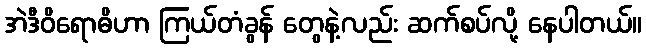
အဲဒီဝိရောဓိဟာ ကြယ်တံခွန် တွေနဲ့လည်း ဆက်စပ်လို့ နေပါတယ်။